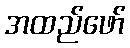
အထည်ဖော်